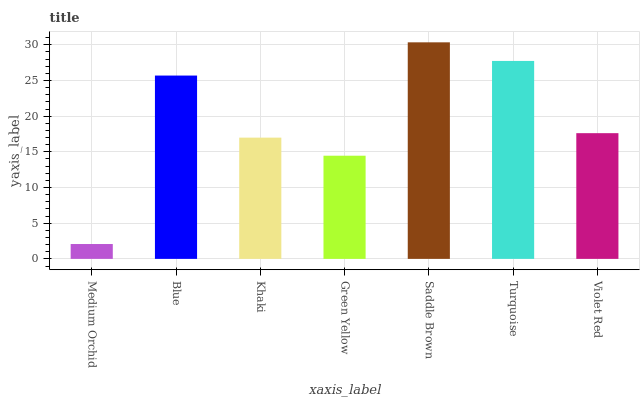
| xaxis_label | bars |
 | --- | --- |
 | Medium Orchid | 2.08 |
 | Blue | 25.7 |
 | Khaki | 17 |
 | Green Yellow | 14.5 |
 | Saddle Brown | 30.3 |
 | Turquoise | 27.7 |
 | Violet Red | 17.6 |